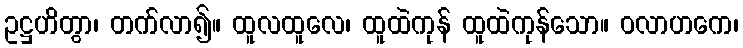
ဥဋ္ဌဟိတွာ၊ တက်လာ၍။ ထူလထူလေ၊ ထူထဲကုန် ထူထဲကုန်သော။ ဝလာဟကေ၊